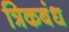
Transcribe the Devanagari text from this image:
त्रिकबंध